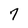
Character: 7